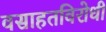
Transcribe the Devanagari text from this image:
वसाहतविरोधी